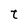
Character: t